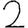
Digit: 2